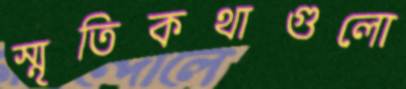
স্মৃতিকথাগুলো